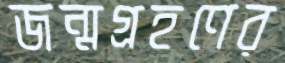
জন্মগ্রহণের